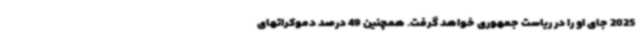
2025 جای او را در ریاست جمهوری خواهد گرفت. همچنین 49 درصد دموکراتهای